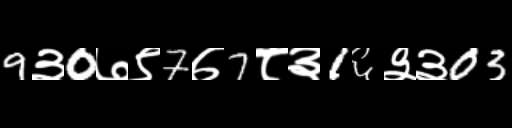
Text: 9३0७९7७7८३1६३३03